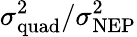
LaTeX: \sigma_{\mathrm{quad}}^{2}/\sigma_{\mathrm{NEP}}^{2}